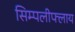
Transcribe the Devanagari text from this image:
सिम्पलीफ्लाय